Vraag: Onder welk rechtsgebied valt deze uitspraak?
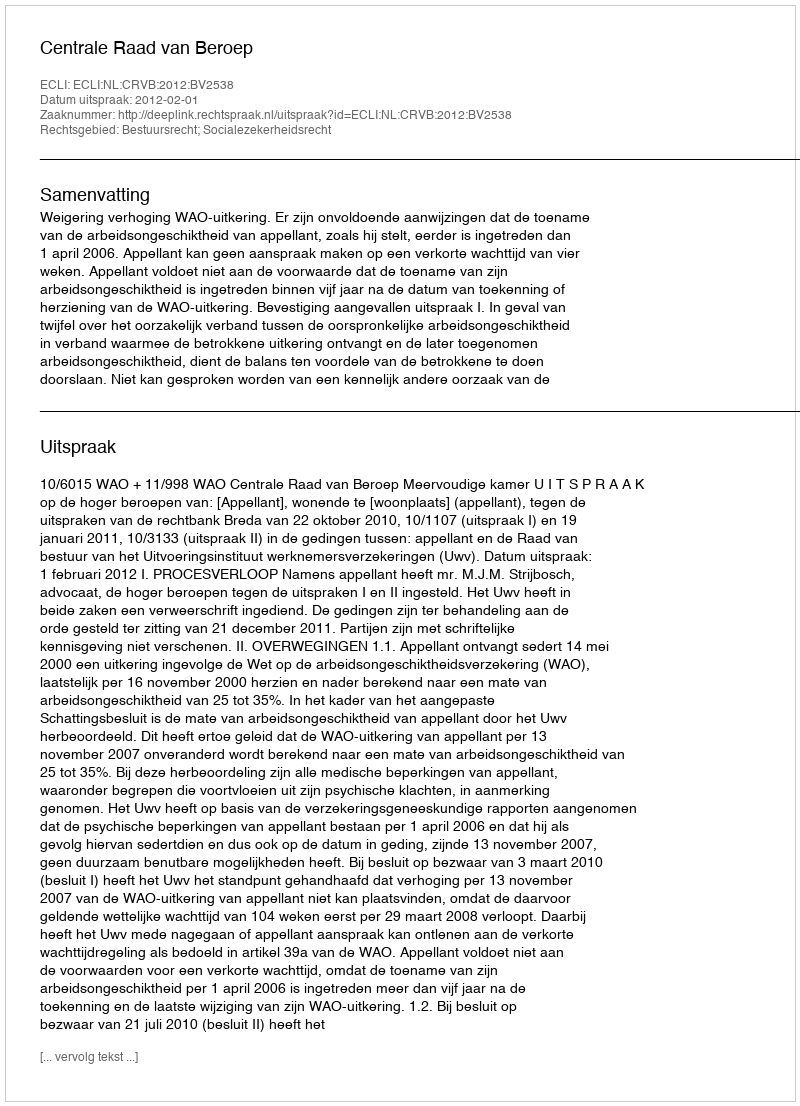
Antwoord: Bestuursrecht; Socialezekerheidsrecht